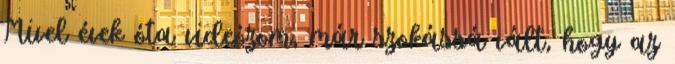
Mivel évek óta videózom, már szokássá vált, hogy az